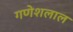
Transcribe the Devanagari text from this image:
गणेशलाल